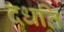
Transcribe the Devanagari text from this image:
दधति